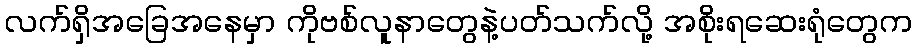
လက်ရှိအခြေအနေမှာ ကိုဗစ်လူနာတွေနဲ့ပတ်သက်လို့ အစိုးရဆေးရုံတွေက